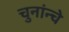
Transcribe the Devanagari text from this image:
चुनांन्चे